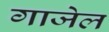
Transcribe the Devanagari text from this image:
गाजेल